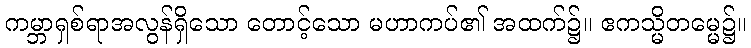
ကမ္ဘာရှစ်ရာအလွန်ရှိသော တောင့်သော မဟာကပ်၏ အထက်၌။ ဧကသ္မိတမ္မေ၌။